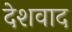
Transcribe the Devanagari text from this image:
देशवाद